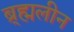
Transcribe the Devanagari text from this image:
ब्र्ह्मलीन